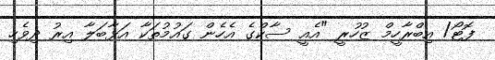
ފޮޓޯ/ އިބްރާހީމް ޒުހުރީ "އެއީ ސާކްގެ އެހެން ގައުމުތަކާ އަޅާބަލާ އިރު ދިވެހި